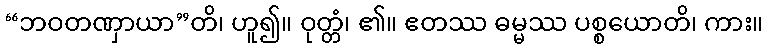
“ဘဝတဏှာယာ”တိ၊ ဟူ၍။ ဝုတ္တံ၊ ၏။ ဧတဿ ဓမ္မဿ ပစ္စယောတိ၊ ကား။